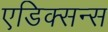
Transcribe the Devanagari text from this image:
एडिक्सन्स